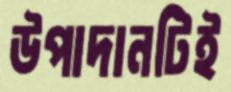
উপাদানটিই